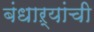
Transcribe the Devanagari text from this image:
बंधाऱ्यांची